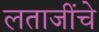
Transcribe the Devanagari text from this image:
लताजींचे